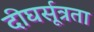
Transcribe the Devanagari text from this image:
दीघर्सूत्रता